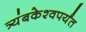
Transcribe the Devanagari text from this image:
त्र्यंबकेश्वपर्यंत